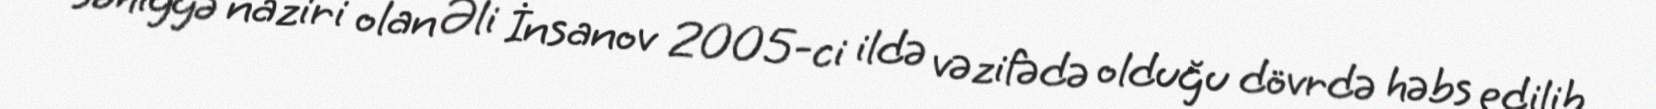
səhiyyə naziri olan Əli İnsanov 2005-ci ildə vəzifədə olduğu dövrdə həbs edilib.